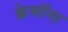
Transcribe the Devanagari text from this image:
क्रेमॉना